Indian journal of veterinary science and animal husbandry - Volumes 24-25, 1954-1955
Year: 1954
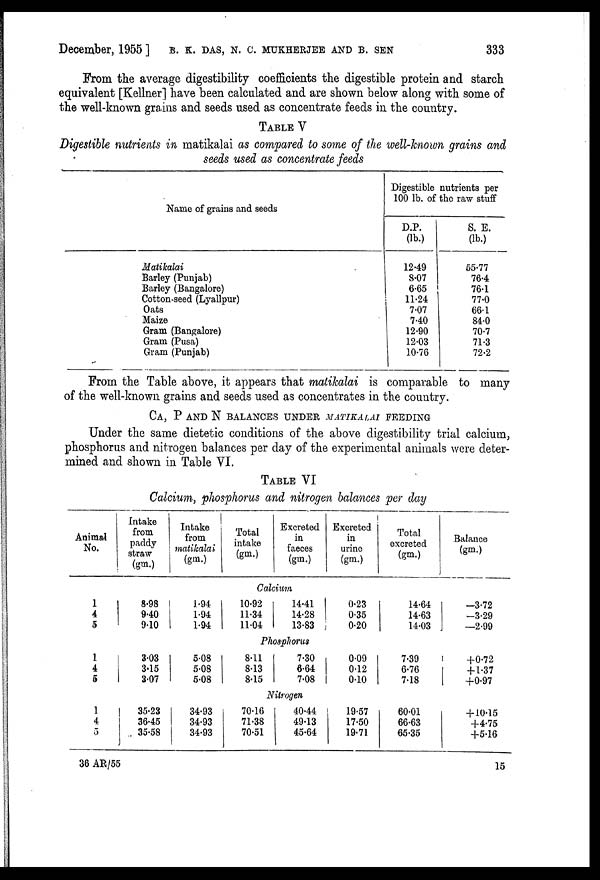
December, 1955 ] B. K. DAS, N. C. MUKHRJEE AND B. SEN 333
From the average digestibility coefficients the digestible protein and starch
equivalent [Kellner] have been calculated and are shown below along with some of
the well-known grains and seeds used as concentrate feeds in the country.
TABLE V
Digestible nutrients in matikalai as compared to some of the well-known grains and
seeds used as concentrate feeds
Name of grains and seeds
Matikalai
Barley (Punjab)
Barley (Bangalore)
Cotton-seed (Lyallpur)
Oats
Maize
Gram (Bangalore)
Gram (Pusa)
Gram (Punjab)
Digestible
100 lb. of
D.P.
(lb.)
12.49
8.07
6.65
11.24
7.07
7.40
12.90
12.03
10.76
nutrients per
the raw stuff
S. E.
(lb.)
55.77
76.4
76.1
77.0
66.1
84.0
70.7
71.3
72.2
From the Table above, it appears that matikalai is comparable to many
of the well.known grains and seeds used as concentrates in the country.
CA, P AND N BALANCES UNDER MATIKALAI FEEDING
Under the same dietetic conditions of the above digestibility trial calcium,
phosphorus and nitrogen balances per day of the experimental animals were deter-
mined and shown in Table VI.
TABLE VI
Calcium, phosphorus and nitrogen balances per day
Animal
No.
1
4
5
1
4
5
1
4
5
Intake
from
paddy
straw
(gm.)
Intake
from
matikalai
(gm.)
Total
intake
(gm.)
Excreted
in
faeces
(gm.)
Excreted
in
urine
(gm.)
Total
excreted
(gm.)
Calcium
8.98
9.40
9.10
1.94
1.94
1.94
10.92
11.34
11.04
14.41
14.28
13.83
0.23
0.35
0.20
14.64
14.63
14.03
Phosphorus
3.03
3.15
3.07
5.08
5.08
5.08
8.11
8.13
8.15
7.30
6.64
7.08
0.09
0.12
0.10
7.39
6.76
7.18
Nitrogen
35.23
36.45
35.58
34.93
34.93
34.93
70.16
71.38
70.51
40.44
49.13
45.64
19.57
17.50
19.71
60.01
66.63
65.35
Balance
(gm.)
—3.72
—3.29
—2.99
+0.72
+1.37
+0.97
+10.15
+4.75
+5.16
36 AR/55
15